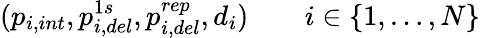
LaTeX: (p_{i,int},p_{i,del}^{1s},p_{i,del}^{rep},d_{i})\quad\quad i\in\{ 1,\dots,N\}